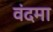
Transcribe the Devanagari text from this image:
वंदमा